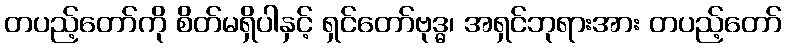
တပည့်တော်ကို စိတ်မရှိပါနှင့် ရှင်တော်ဗုဒ္ဓ၊ အရှင်ဘုရားအား တပည့်တော်